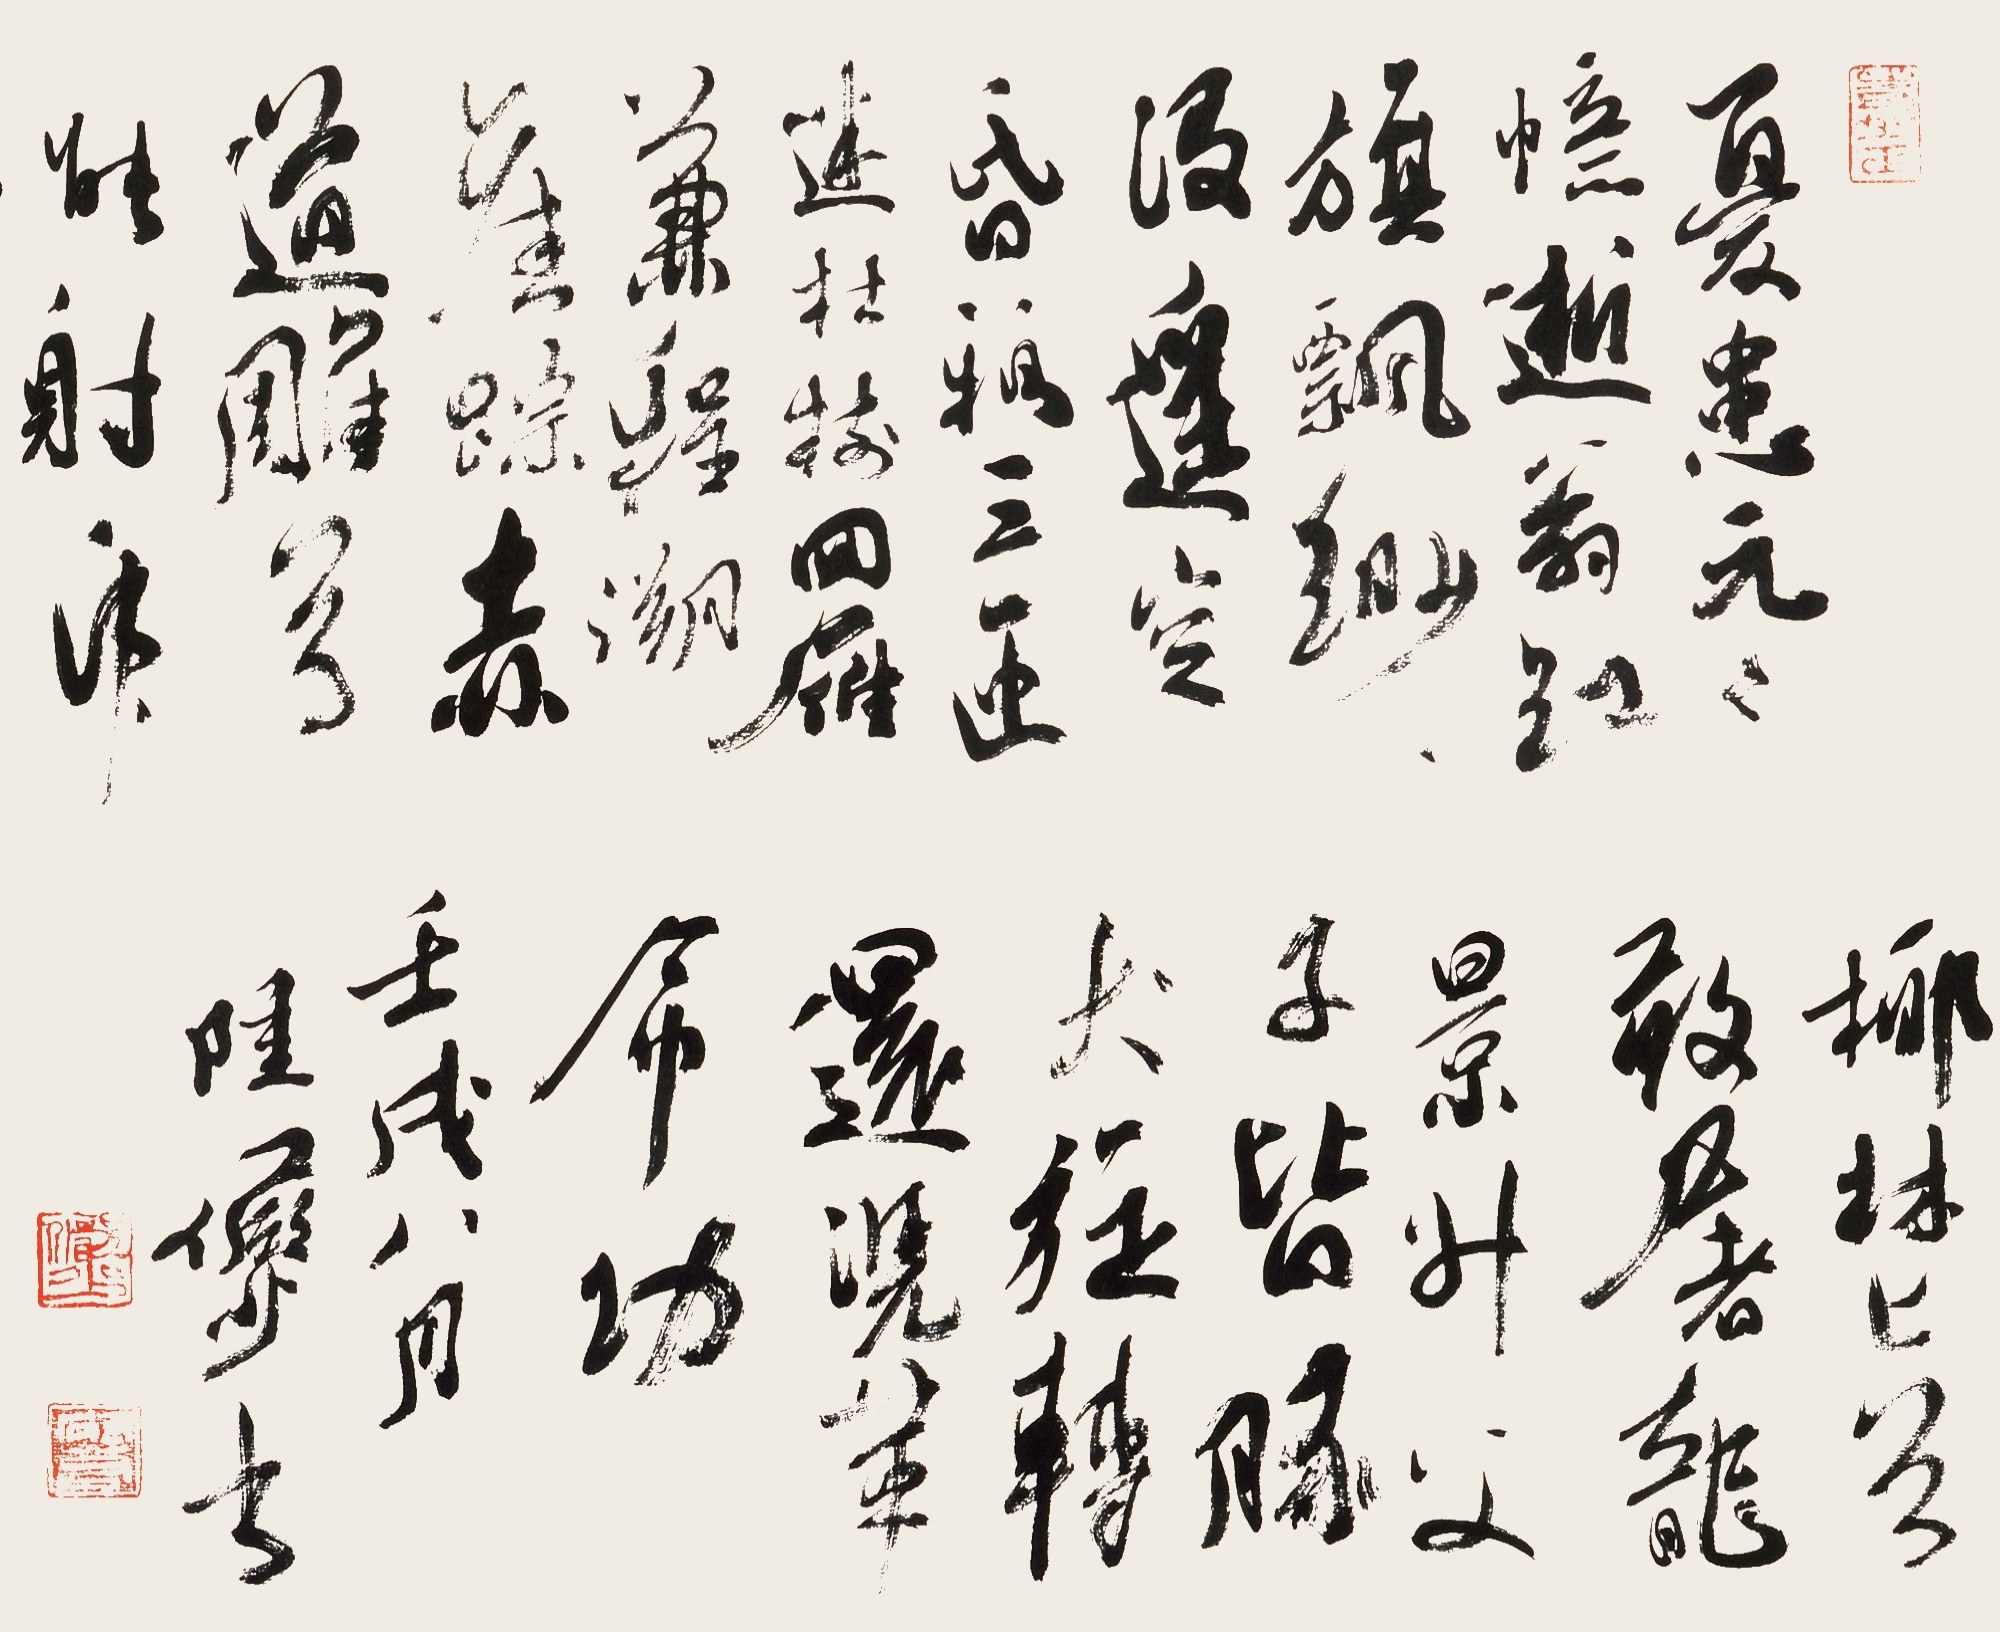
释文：忧患元元忆逝翁，红旗飘渺没遥空。昏鸦三匝迷枯树，回雁兼程溯旧踪。赤道雕弓能射虎，椰林匕首敢屠龙。景升父子皆豚犬，旋转还凭革命功。壬戌八月陆俨少书。